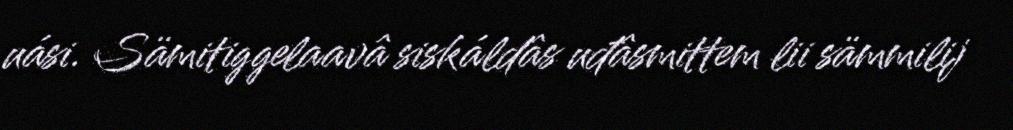
uási. Sämitiggelaavâ siskáldâs uđâsmittem lii sämmilij